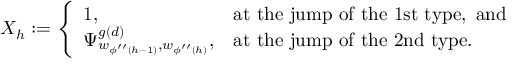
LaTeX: X _ { h } : = \left\{ \begin{array} { l l } { { 1 , } } & { { \mathrm { a t ~ t h e ~ j u m p ~ o f ~ t h e ~ 1 s t ~ t y p e , ~ a n d } } } \\ { { \Psi _ { w _ { \phi ^ { \prime \prime } ( h - 1 ) } , w _ { \phi ^ { \prime \prime } ( h ) } } ^ { g ( d ) } , } } & { { \mathrm { a t ~ t h e ~ j u m p ~ o f ~ t h e ~ 2 n d ~ t y p e . } } } \end{array} \right.